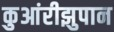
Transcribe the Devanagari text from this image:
कुआंरीझुपान